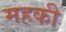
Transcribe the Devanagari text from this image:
महकी